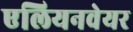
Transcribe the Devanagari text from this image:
एलियनवेयर